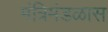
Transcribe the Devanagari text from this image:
मंत्रिमंडळास